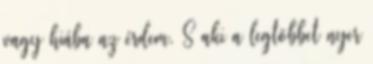
vagy hiába az érdem. S aki a legtöbbet nyer